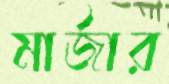
মার্জার